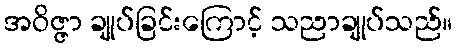
အဝိဇ္ဇာ ချုပ်ခြင်းကြောင့် သညာချုပ်သည်။